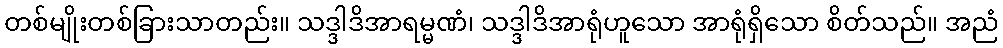
တစ်မျိုးတစ်ခြားသာတည်း။ သဒ္ဒါဒိအာရမ္မဏံ၊ သဒ္ဒါဒိအာရုံဟူသော အာရုံရှိသော စိတ်သည်။ အညံ